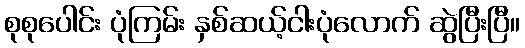
စုစုပေါင်း ပုံကြမ်း နှစ်ဆယ့်ငါးပုံလောက် ဆွဲပြီးပြီ။